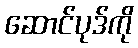
ဆောင်ပုဒ်ကို